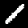
Digit: 1